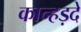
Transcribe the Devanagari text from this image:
कान्हड़दे